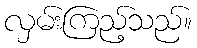
လှမ်းကြည့်သည်။